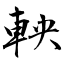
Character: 軮